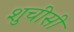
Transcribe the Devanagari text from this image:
शुचीसी